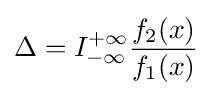
\Delta =I_{-\infty }^{+\infty }{\frac {f_{2}(x)}{f_{1}(x)}}